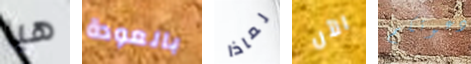
هيا بالعودة لماذا الآن دعوتكم